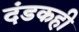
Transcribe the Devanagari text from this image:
दंडकही